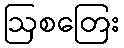
ဩစတြေး